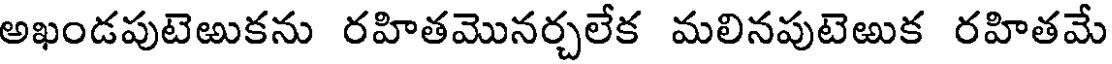
అఖండపుటెఱుకను రహితమొనర్చలేక మలినపుటెఱుక రహితమే